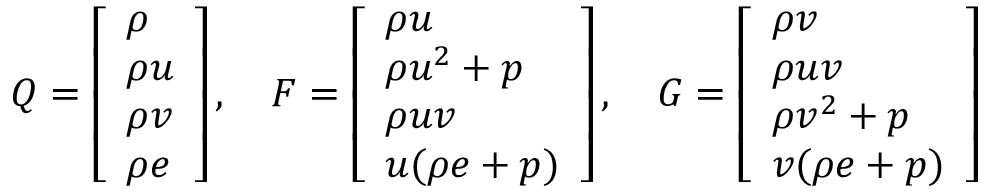
Q = \left[ \begin{array} { l } { \rho } \\ { \rho u } \\ { \rho v } \\ { \rho e } \end{array} \right] , \quad F = \left[ \begin{array} { l } { \rho u } \\ { \rho u ^ { 2 } + p } \\ { \rho u v } \\ { u ( \rho e + p ) } \end{array} \right] , \quad G = \left[ \begin{array} { l } { \rho v } \\ { \rho u v } \\ { \rho v ^ { 2 } + p } \\ { v ( \rho e + p ) } \end{array} \right]